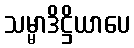
သမ္မာဒိဋ္ဌိယာပေ